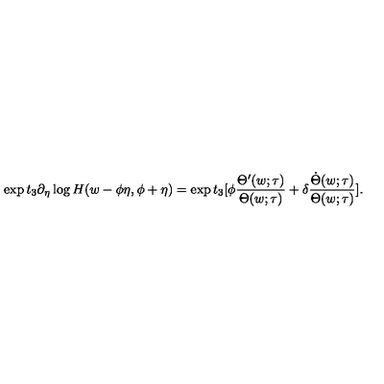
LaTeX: \exp t _ { 3 } \partial _ { \eta } \log H ( w - \phi \eta , \phi + \eta ) = \exp t _ { 3 } [ \phi \frac { \Theta ^ { \prime } ( w ; \tau ) } { \Theta ( w ; \tau ) } + \delta \frac { \dot { \Theta } ( w ; \tau ) } { \Theta ( w ; \tau ) } ] .